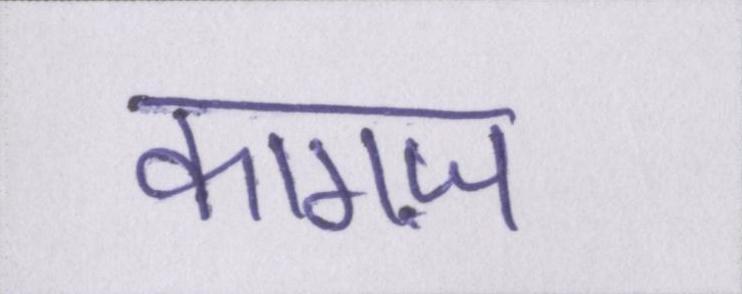
कागज़